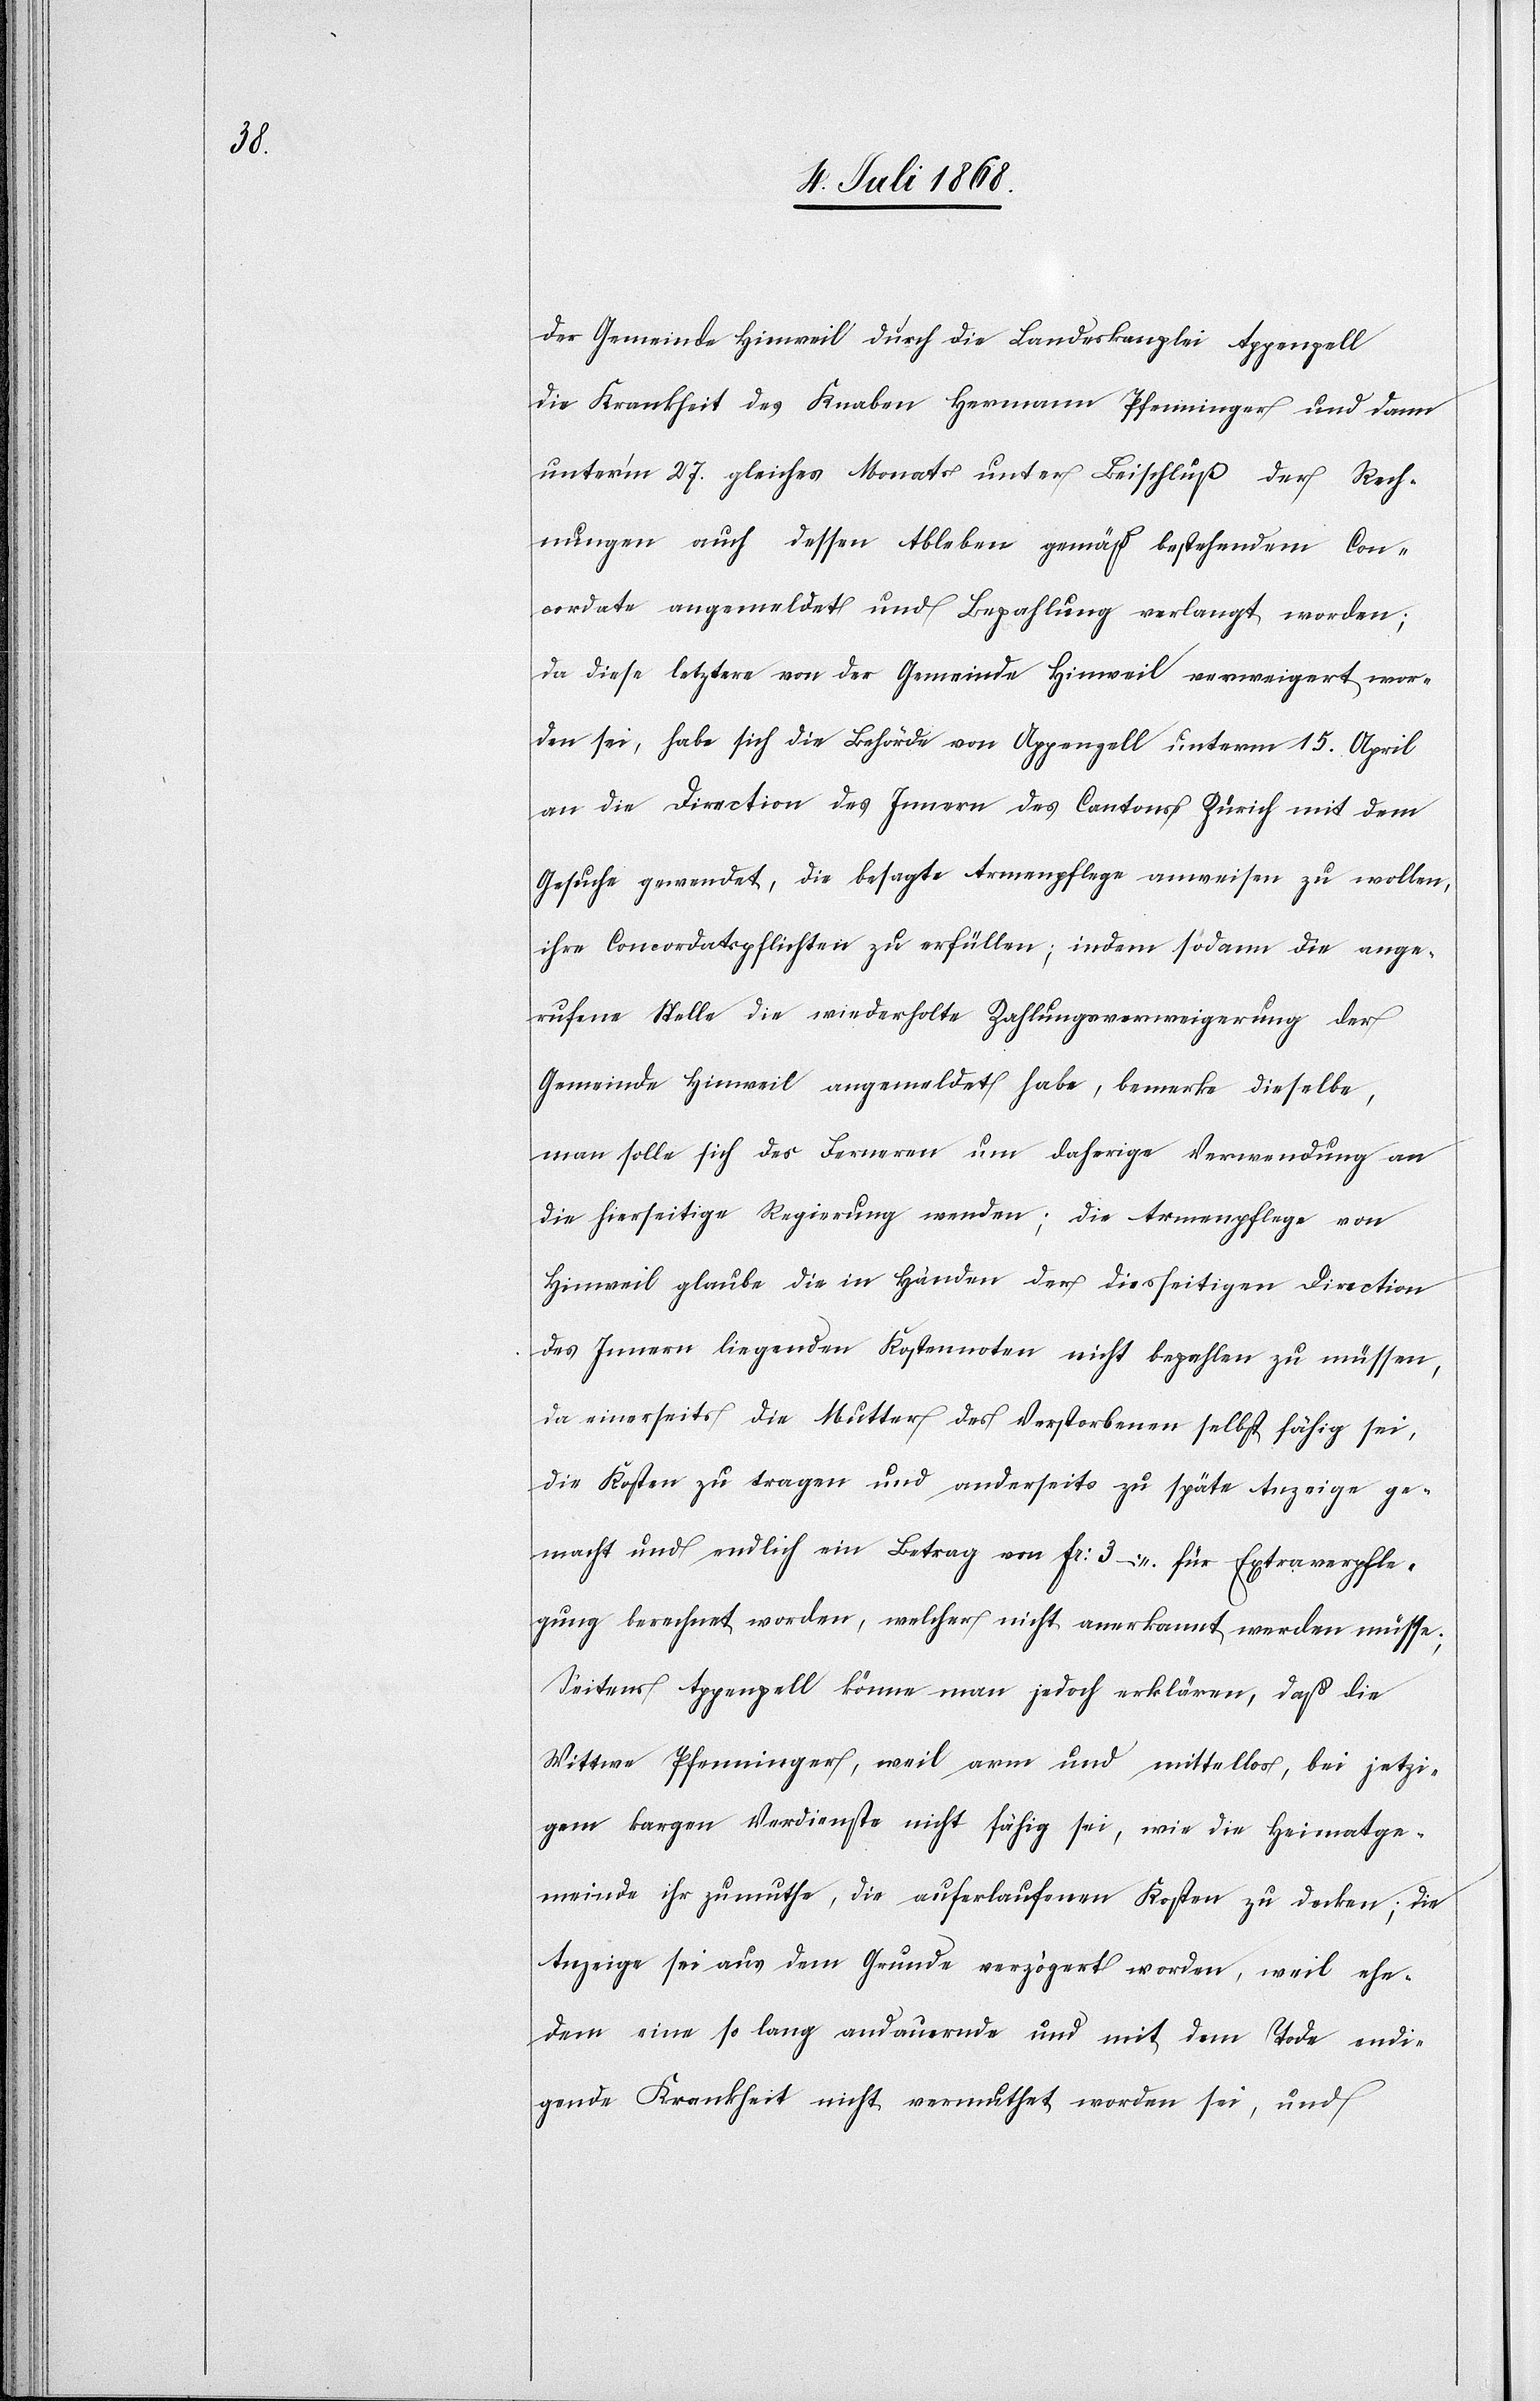
der Gemeinde Hinweil durch die Landeskanzlei Appenzell
die Krankheit des Knaben Hermann Pfenninger und dann
unter’m 27. gleiches Monats unter Beischluß der Rech¬
nungen auch dessen Ableben gemäß bestehendem Con¬
cordate angemeldet und Bezahlung verlangt worden;
da diese letztere von der Gemeinde Hinweil verweigert wor¬
den sei, habe sich die Behörde von Appenzell unterm 15. April
an die Direction des Innern des Cantons Zürich mit dem
Gesuche gewendet, die besagte Armenpflege anweisen zu wollen,
ihre Concordatspflichten zu erfüllen; indem sodann die ange¬
rufene Stelle die wiederholte Zahlungsverweigerung der
Gemeinde Hinweil angemeldet habe, bemerke dieselbe,
man solle sich des Ferneren um daherige Verwendung an
die hierseitige Regierung wenden; die Armenpflege von
Hinweil glaube die in Händen der diesseitigen Direction
des Innern liegenden Kostennoten nicht bezahlen zu müssen,
da einerseits die Mutter des Verstorbenen selbst fähig sei,
die Kosten zu tragen und anderseits zu späte Anzeige ge¬
macht und endlich ein Betrag von Fr: 3 – für Extraverpfle¬
gung berechnet worden, welcher nicht anerkannt werden müsse;
Seitens Appenzell könne man jedoch erklären, daß die
Wittwe Pfenninger, weil arm und mittellos, bei jetzi¬
gem kargen Verdienste nicht fähig sei, wie die Heimatge¬
meinde ihr zumuthe, die auferlaufenen Kosten zu decken; die
Anzeige sei aus dem Grunde verzögert worden, weil ehe¬
dem eine so lang andauernde und mit dem Tode endi¬
gende Krankheit nicht vermuthet worden sei, und